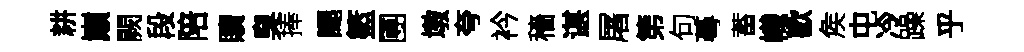
耕巔闕段陪贖臭捧颸籃圑墩夸衿穡谌屠第句蕚蓄幟歡矦屯冷躁乎